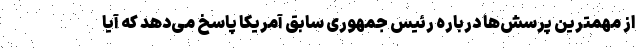
از مهمترین پرسش‌ها درباره رئیس جمهوری سابق آمریکا پاسخ می‌دهد که آیا